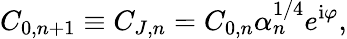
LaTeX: C_{0,n+1}\equiv C_{J,n}=C_{0,n}\alpha_{n}^{1/4}e^{\mathrm{i}\varphi},